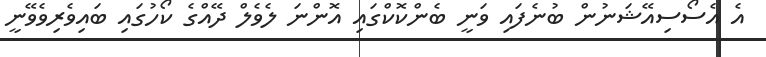
އެ އެސޯސިއޭޝަނުން ބުނެފައި ވަނީ ބެންކޮކްގައި އޮންނަ ލެވެލް ދޭއްގެ ކޯހުގައި ބައިވެރިވެވޭނީ